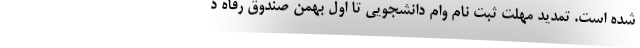
شده است. تمدید مهلت ثبت نام وام دانشجویی تا اول بهمن صندوق رفاه د